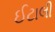
ઈટાલી